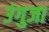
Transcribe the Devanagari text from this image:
उंगुजा